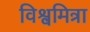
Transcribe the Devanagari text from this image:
विश्वमित्रा